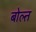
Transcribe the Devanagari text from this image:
बोल्त